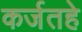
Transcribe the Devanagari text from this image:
कर्जतहे